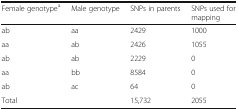
<table><thead><tr><td><b>Female genotype<sup>a</sup></b></td><td><b>Male genotype</b></td><td><b>SNPs in parents</b></td><td><b>SNPs used for mapping</b></td></tr></thead><tbody><tr><td>ab</td><td>aa</td><td>2429</td><td>1000</td></tr><tr><td>aa</td><td>ab</td><td>2426</td><td>1055</td></tr><tr><td>ab</td><td>ab</td><td>2229</td><td>0</td></tr><tr><td>aa</td><td>bb</td><td>8584</td><td>0</td></tr><tr><td>ab</td><td>ac</td><td>64</td><td>0</td></tr><tr><td colspan="2">Total</td><td>15,732</td><td>2055</td></tr></tbody></table>